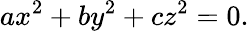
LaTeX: ax^{2}+by^{2}+cz^{2}=0.